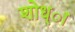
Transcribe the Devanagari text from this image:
शोध्ा